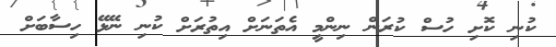
ކުނި ކޮށި ހުސް ކުރަން ނިންމީ އެތަނަށް އިތުރަށް ކުނި ނޭޅޭ ހިސާބަށް